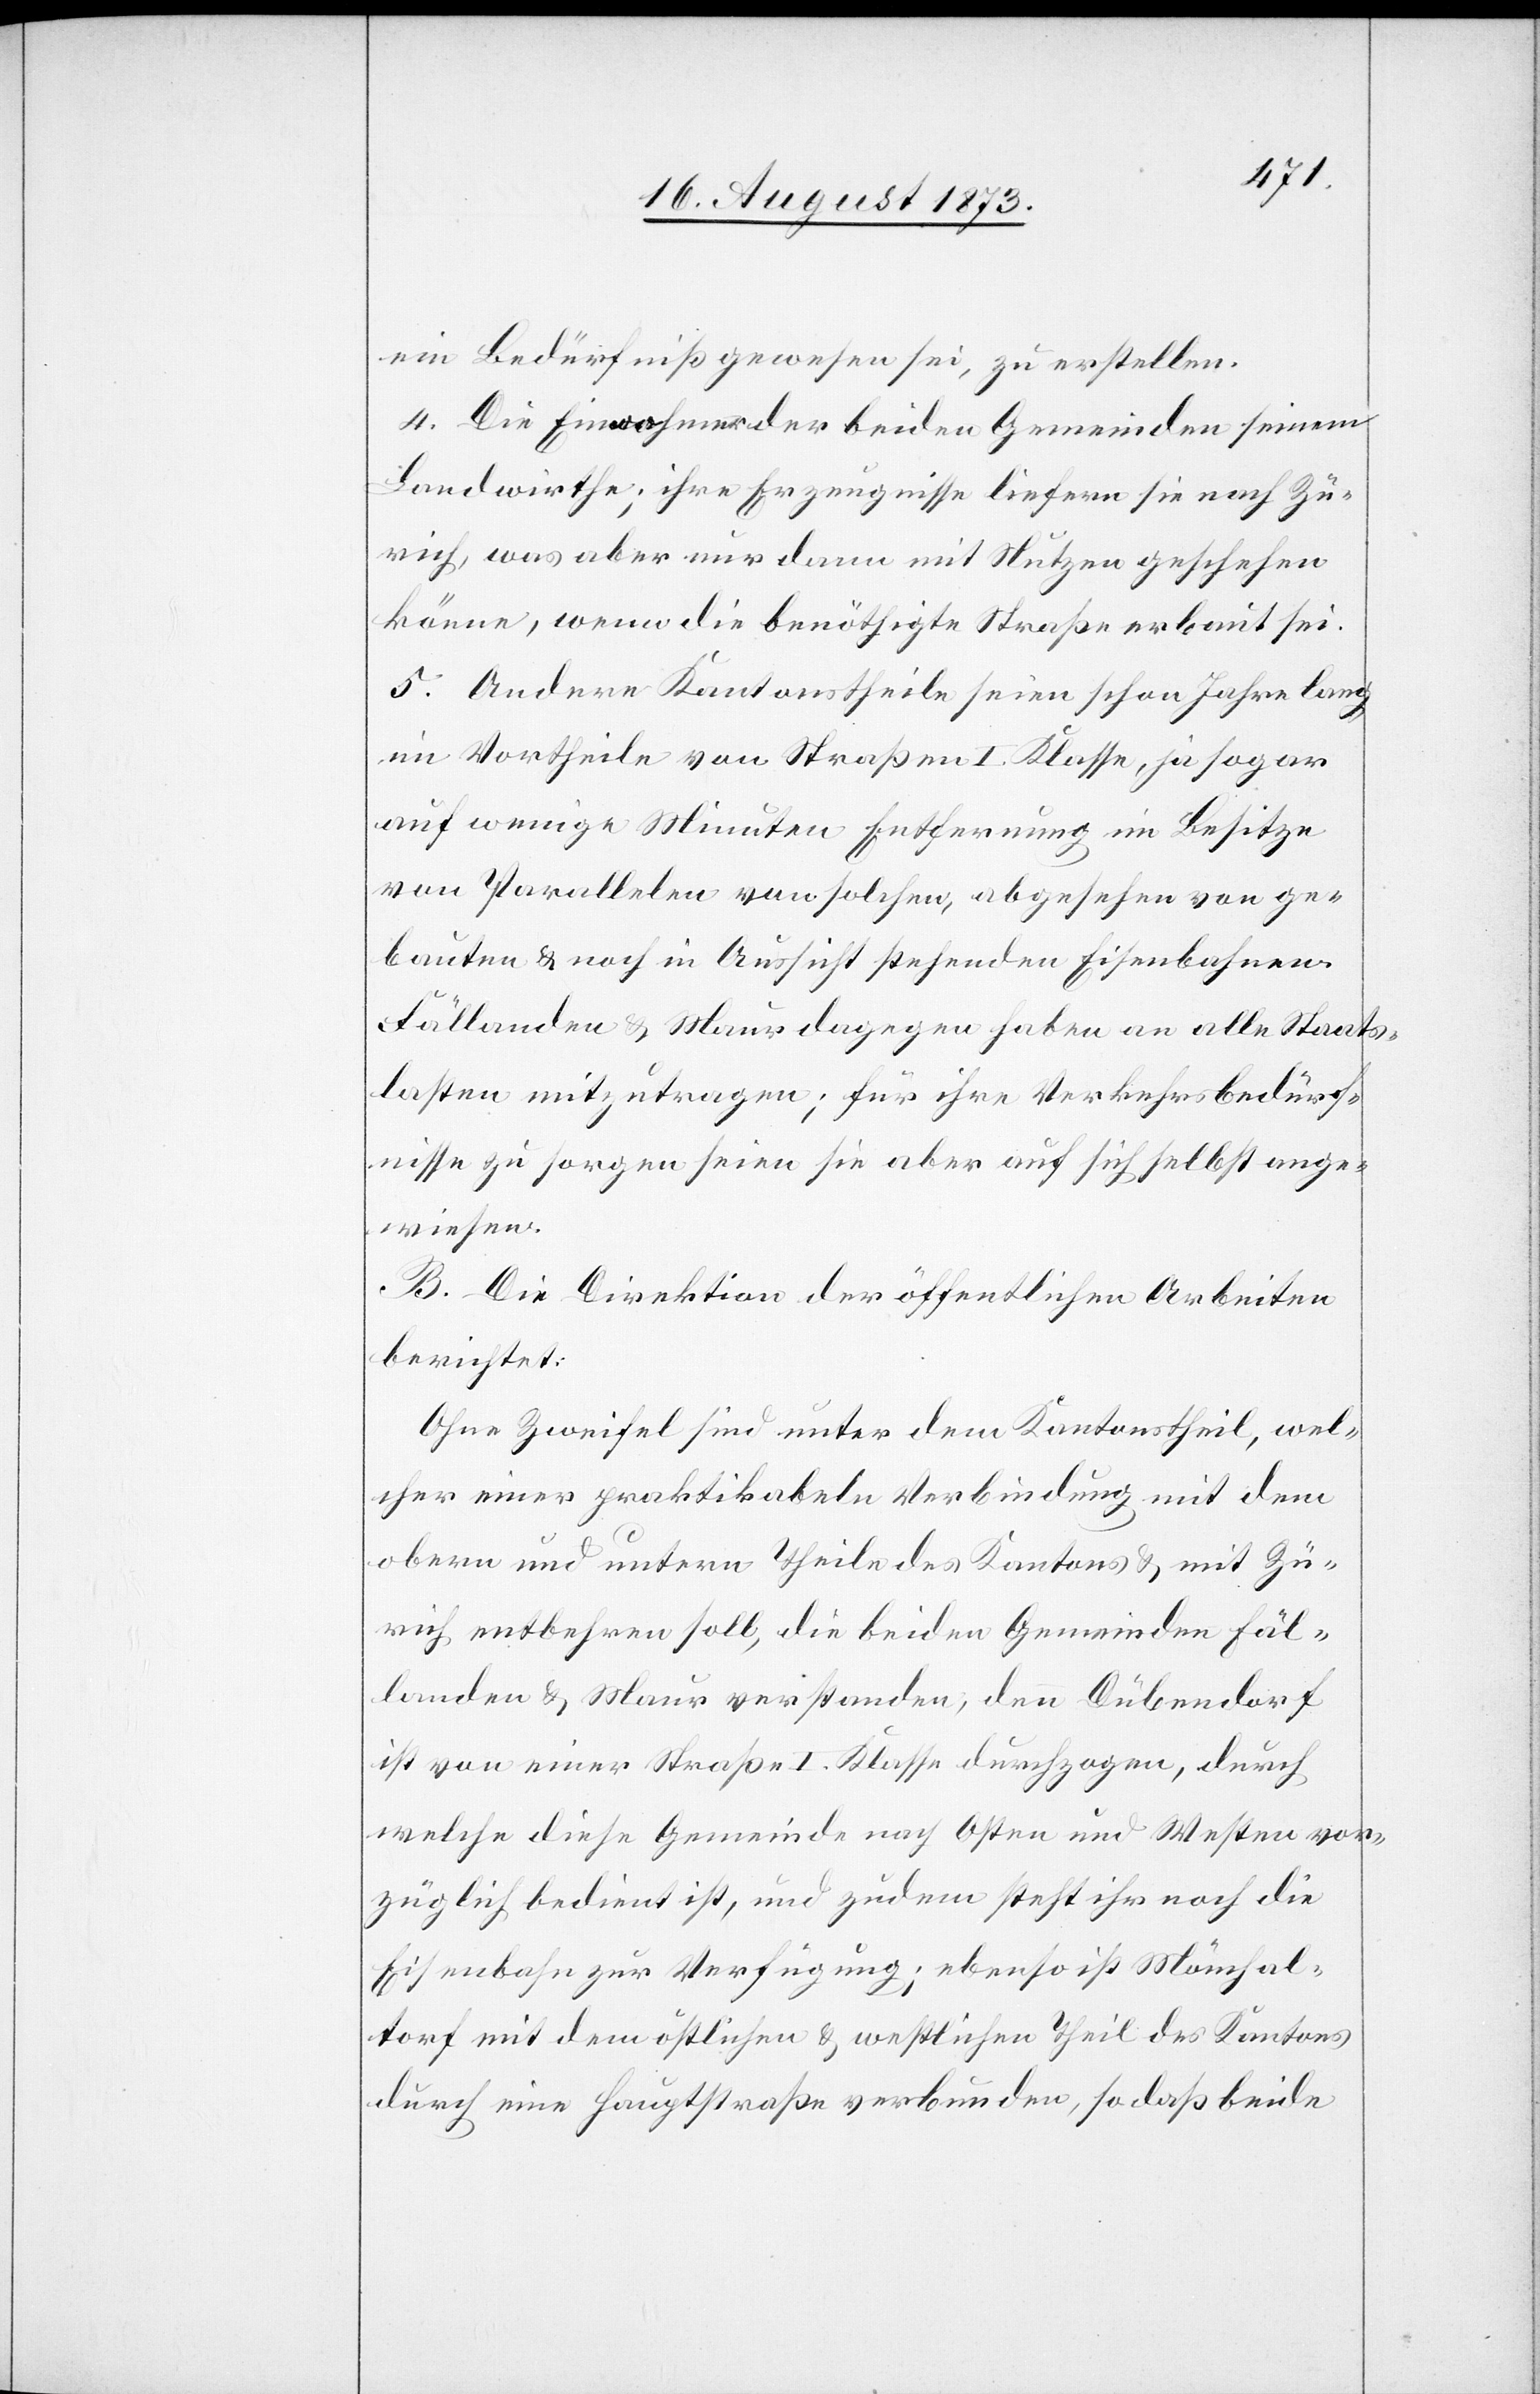
ein Bedürfniß gewesen sei, zu erstellen.
4. Die Einwohmer [sic!] der beiden Gemeinden seinem
Landwirthe; ihre Erzeugnisse liefern sie nach Zü¬
rich, was aber nur dann mit Nutzen geschehen
könne, wenn die benöthigte Straße erbaut sei.
5. Andere Kantonstheile seien schon Jahre lang
im Vortheile von Straßen I. Klasse, ja sogar
auf wenige Minuten Entfernung im Besitze
von Parallelen von solchen, abgesehen von ge¬
bauten & noch in Aussicht stehenden Eisenbahnen.
Fällanden & Maur dagegen haben an alle Staats¬
lasten mitzutragen; für ihre Verkehrsbedürf¬
nisse zu sorgen seien sie aber auf sich selbst ange¬
wiesen.
B. Die Direktion der öffentlichen Arbeiten
berichtet:
Ohne Zweifel sind unter dem Kantonstheil, wel¬
cher einer praktikabeln Verbindung mit dem
obern und untern Theile des Kantons & mit Zü¬
rich entbehren soll, die beiden Gemeinden Fäl¬
landen & Maur verstanden, denn Dübendorf
ist von einer Straße I. Klasse durchzogen, durch
welche diese Gemeinde nach Osten und Westen vor¬
züglich bedient ist, und zudem steht ihr noch die
Eisenbahn zur Verfügung; ebenso ist Mönchal¬
torf mit dem östlichen & westlichen Theil des Kantons
durch eine Hauptstraße verbunden, so daß beide